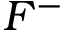
F ^ { - }